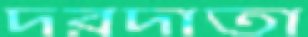
দরদাতা